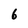
Character: 6